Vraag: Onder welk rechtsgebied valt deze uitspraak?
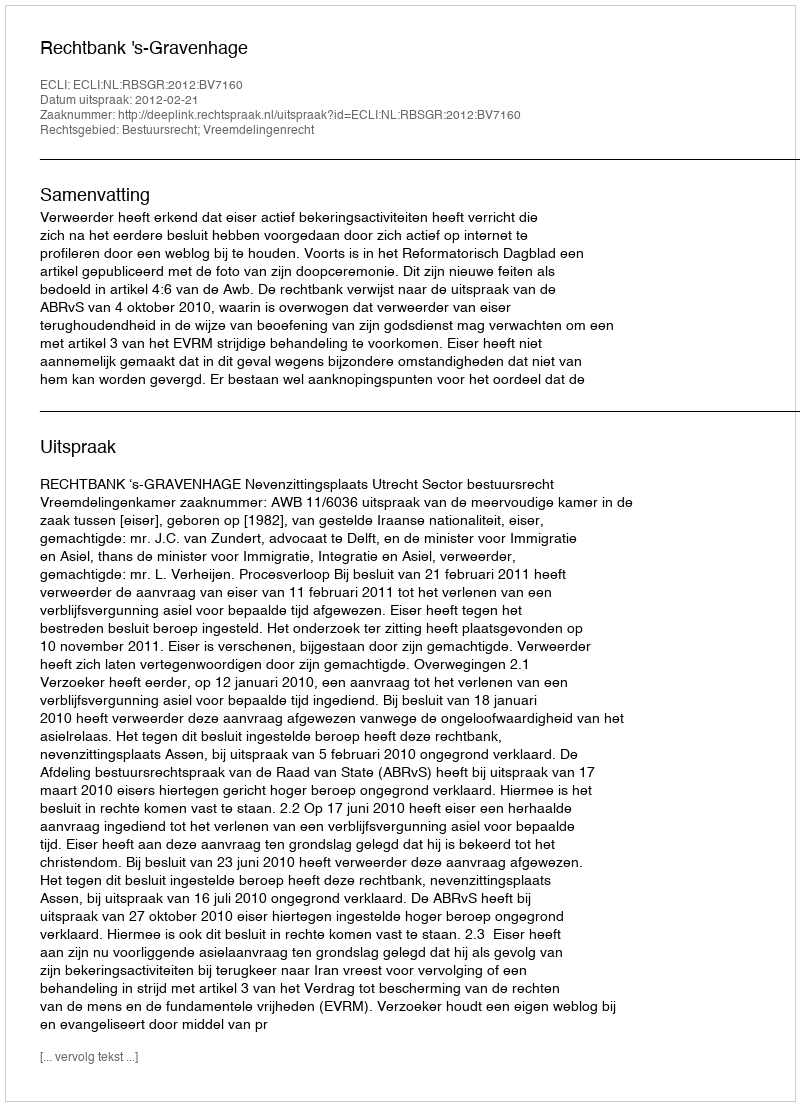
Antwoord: Bestuursrecht; Vreemdelingenrecht